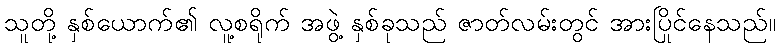
သူတို့ နှစ်ယောက်၏ လူ့စရိုက် အဖွဲ့ နှစ်ခုသည် ဇာတ်လမ်းတွင် အားပြိုင်နေသည်။